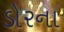
ડોરના